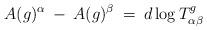
LaTeX: \begin{align*}A(g)^{\alpha} \: - \: A(g)^{\beta} \: = \: d \log T^g_{\alpha \beta}\end{align*}